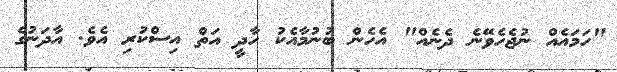
"ހަމައެއް ނުޖެހެވޭނެ ދެނެއް" އެހެން ބުނުމާއެކު ހާދީ އަތް އިސްކުރި އެވެ. އާދަނުގެ